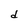
Character: d